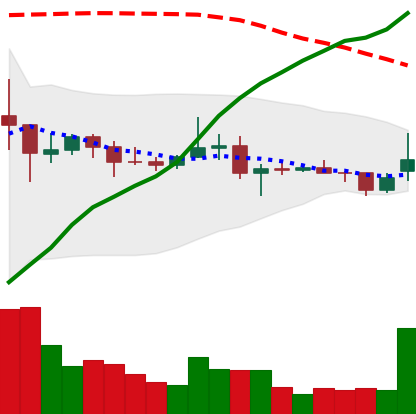
Ticker: XRP-USD
Chart end date: 2021-01-29
Forward return: 39.443%
Label: up_7plus